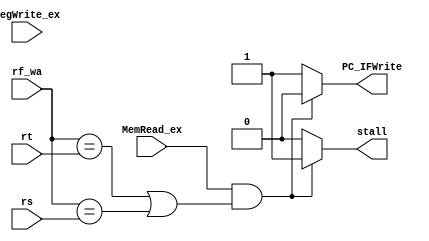
module hazard_detection(
  input [4:0] rs,
  input [4:0] rt,
  input [31:0] rf_wa,
  input MemRead_ex, 
  input RegWrite_ex,
  
  output reg PC_IFWrite,
  output reg stall
  );

  always@(*)
  begin
    if(MemRead_ex && (rf_wa == rt || rf_wa == rs)) //load hazard
    begin
      stall = 1;
      PC_IFWrite = 0;
    end
    else
    begin
      stall = 0;
      PC_IFWrite = 1;
    end
  end
  
endmodule